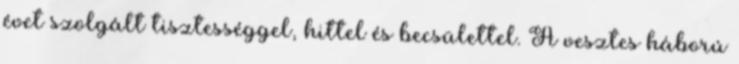
évet szolgált tisztességgel, hittel és becsülettel. A vesztes háború